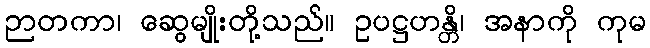
ဉာတကာ၊ ဆွေမျိုးတို့သည်။ ဥပဋ္ဌဟန္တိ၊ အနာကို ကုမ